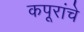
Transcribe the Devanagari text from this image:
कपूरांचे